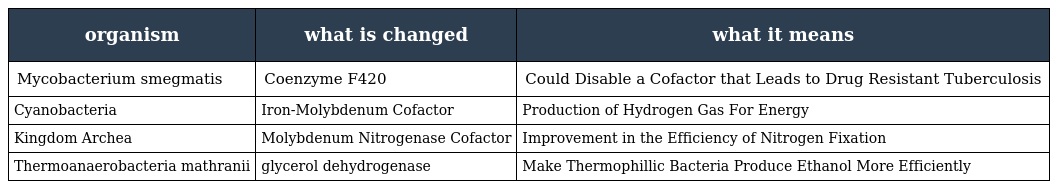
| organism | what is changed | what it means |
 | --- | --- | --- |
 | Mycobacterium smegmatis | Coenzyme F420 | Could Disable a Cofactor that Leads to Drug Resistant Tuberculosis |
 | Cyanobacteria | Iron-Molybdenum Cofactor | Production of Hydrogen Gas For Energy |
 | Kingdom Archea | Molybdenum Nitrogenase Cofactor | Improvement in the Efficiency of Nitrogen Fixation |
 | Thermoanaerobacteria mathranii | glycerol dehydrogenase | Make Thermophillic Bacteria Produce Ethanol More Efficiently |